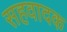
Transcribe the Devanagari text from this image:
सहवादक